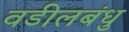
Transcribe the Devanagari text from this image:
वडीलबंधु